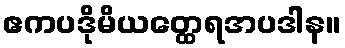
ဧကပဒိုမိယတ္ထေရအပဒါန။